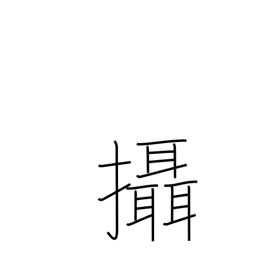
Meaning: act in addition to